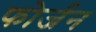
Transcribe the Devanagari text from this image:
फोर्जन